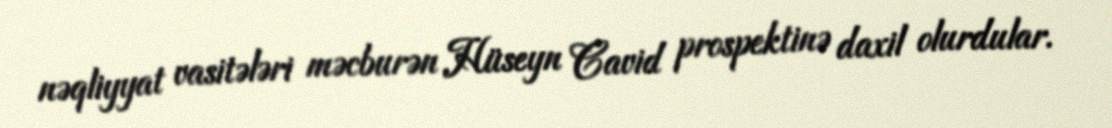
nəqliyyat vasitələri məcburən Hüseyn Cavid prospektinə daxil olurdular.